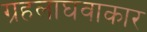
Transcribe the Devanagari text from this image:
ग्रहलाघवाकार